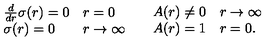
\begin{array} { l l } { \begin{array} { l l } { \frac { d } { d r } \sigma ( r ) = 0 } & { r = 0 } \\ { \sigma ( r ) = 0 } & { r \rightarrow \infty } \\ \end{array} } & { \begin{array} { l l } { A ( r ) \neq 0 } & { r \rightarrow \infty } \\ { A ( r ) = 1 } & { r = 0 . } \\ \end{array} } \\ \end{array}